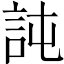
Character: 訰